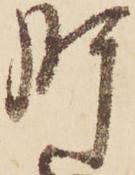
肝